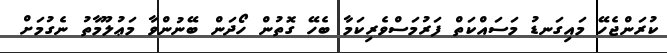
ކުރަންޖެހޭ މައިގަނޑު މަސައްކަތް ފަރުމަސްވެރިކަމާ ބެހޭ ގޮތުން ހޯދަން ބޭނުންވާ މަޢުލޫމާތު ނެގުމަށް